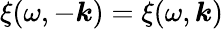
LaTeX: \xi(\omega,-\boldsymbol{k})=\xi(\omega,\boldsymbol{k})